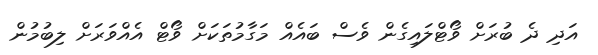
އަދި ދެ ބުރަށް ވޯޓްލައިގެން ވެސް ބައެއް މަގާމުތަކަށް ވޯޓް އެއްވަރަށް ލިބުމުން